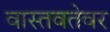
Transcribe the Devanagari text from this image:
वास्तवतेवर